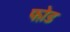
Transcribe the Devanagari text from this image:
फो़ड